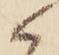
候